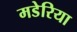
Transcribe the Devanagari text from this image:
मडेरिया